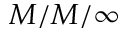
M / M / \infty